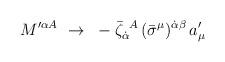
LaTeX: \begin{align*}M'^{\alpha A}~\to~- {\bar \zeta}_{\dot\alpha}^{~A}\,(\bar\sigma^\mu)^{\dot\alpha\beta}\,a'_\mu\end{align*}